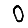
Digit: 0